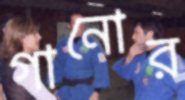
গানোর